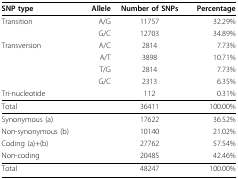
<table><thead><tr><td><b>SNP type</b></td><td><b>Allele</b></td><td><b>Number of SNPs</b></td><td><b>Percentage</b></td></tr></thead><tbody><tr><td>Transition</td><td>A/G</td><td>11757</td><td>32.29%</td></tr><tr><td>[EMPTY_CELL]</td><td>G/C</td><td>12703</td><td>34.89%</td></tr><tr><td>Transversion</td><td>A/C</td><td>2814</td><td>7.73%</td></tr><tr><td>[EMPTY_CELL]</td><td>A/T</td><td>3898</td><td>10.71%</td></tr><tr><td>[EMPTY_CELL]</td><td>T/G</td><td>2814</td><td>7.73%</td></tr><tr><td>[EMPTY_CELL]</td><td>G/C</td><td>2313</td><td>6.35%</td></tr><tr><td>Tri-nucleotide</td><td>[EMPTY_CELL]</td><td>112</td><td>0.31%</td></tr><tr><td>Total</td><td>[EMPTY_CELL]</td><td>36411</td><td>100.00%</td></tr><tr><td>Synonymous (a)</td><td>[EMPTY_CELL]</td><td>17622</td><td>36.52%</td></tr><tr><td>Non-synonymous (b)</td><td>[EMPTY_CELL]</td><td>10140</td><td>21.02%</td></tr><tr><td>Coding (a)+(b)</td><td>[EMPTY_CELL]</td><td>27762</td><td>57.54%</td></tr><tr><td>Non-coding</td><td>[EMPTY_CELL]</td><td>20485</td><td>42.46%</td></tr><tr><td>Total</td><td>[EMPTY_CELL]</td><td>48247</td><td>100.00%</td></tr></tbody></table>